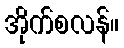
အိုက်စလန်။